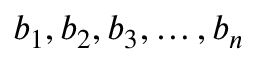
b _ { 1 } , b _ { 2 } , b _ { 3 } , \ldots , b _ { n }